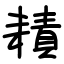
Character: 耫